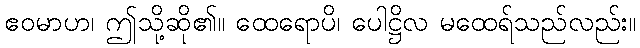
ဧဝမာဟ၊ ဤသို့ဆို၏။ ထေရောပိ၊ ပေါဋ္ဌိလ မထေရ်သည်လည်း။